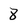
Character: 8